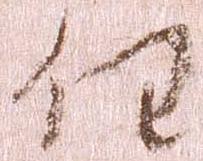
任